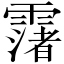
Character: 𩅻